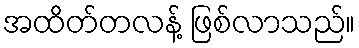
အထိတ်တလန့် ဖြစ်လာသည်။